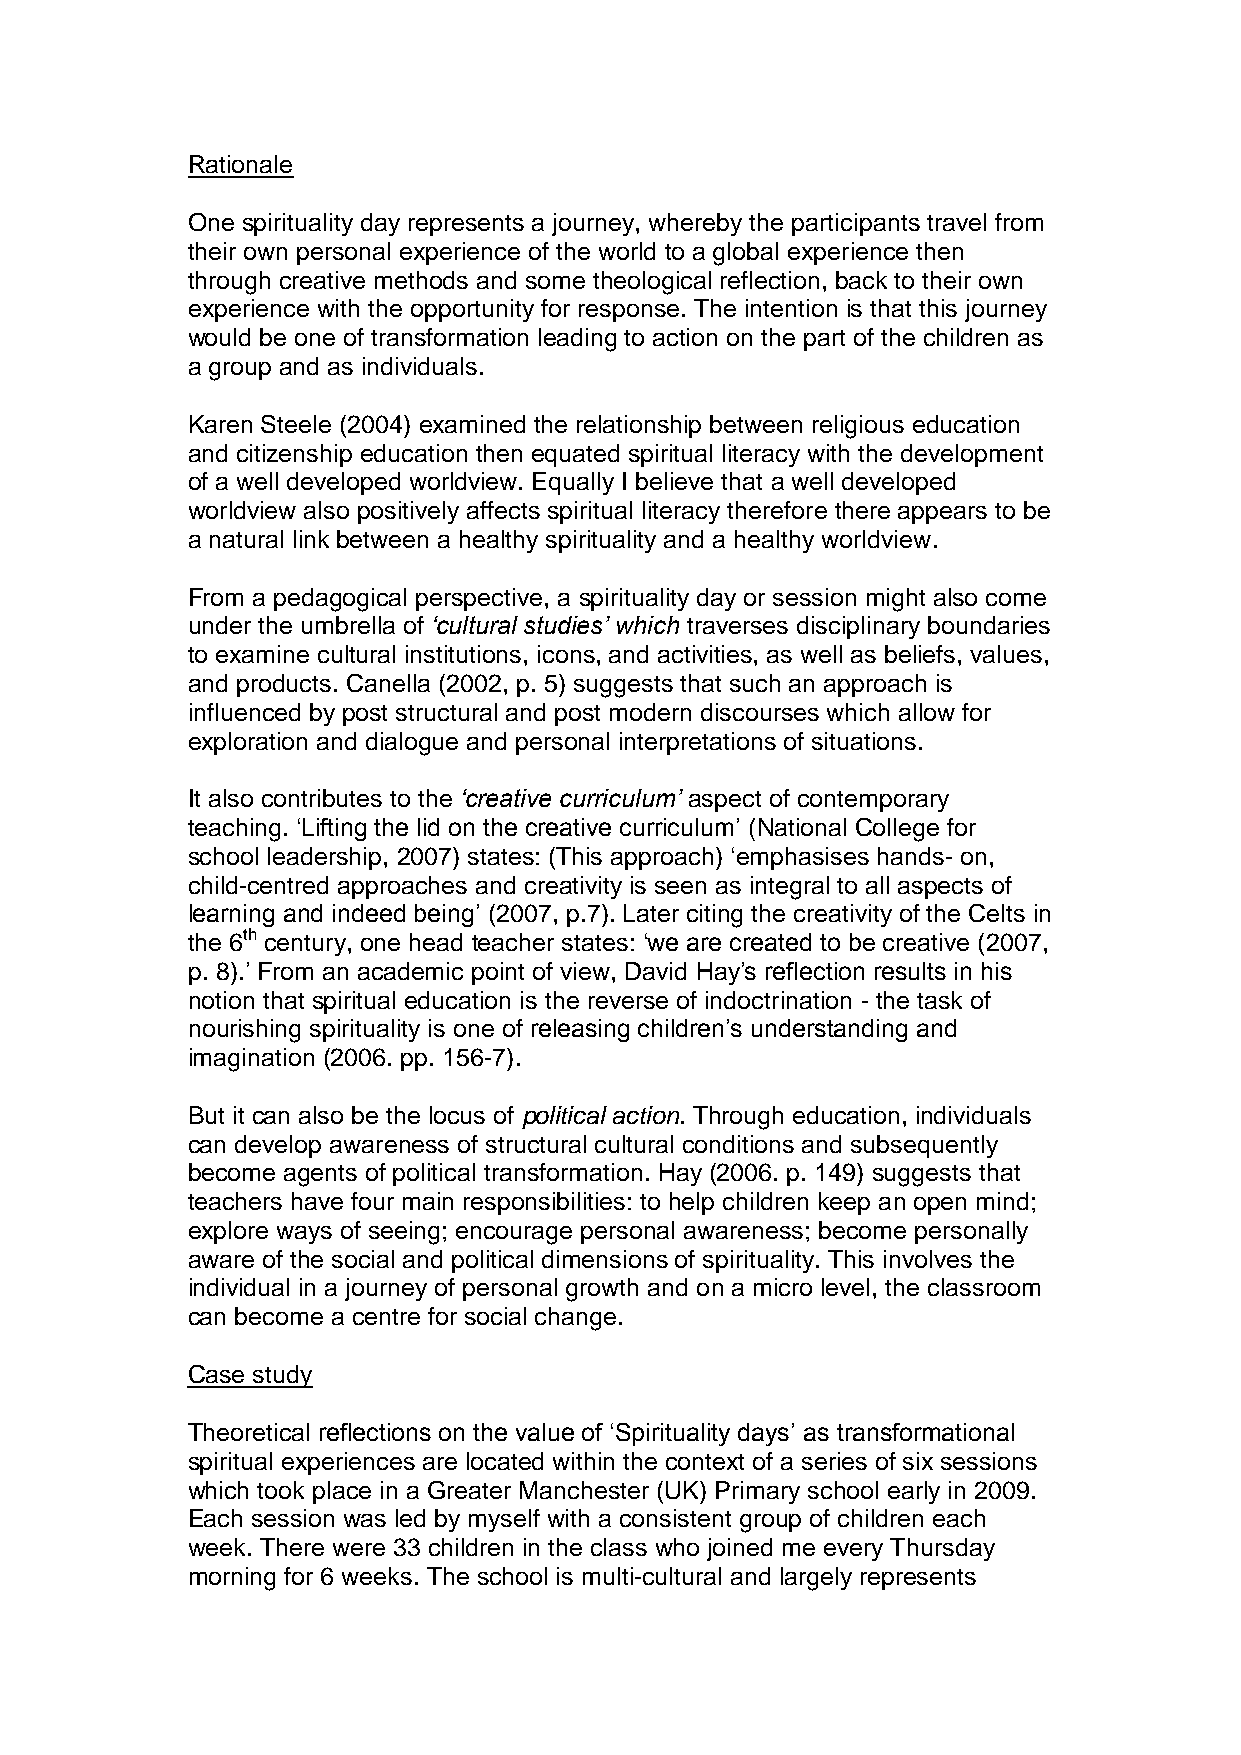
Rationale
 One spirituality day represents a journey, whereby the participants travel from
 their own personal experience of the world to a global experience then
 through creative methods and some theological reflection, back to their own
 experience with the opportunity for response. The intention is that this journey
 would be one of transformation leading to action on the part of the children as
 a group and as individuals.
 Karen Steele (2004) examined the relationship between religious education
 and citizenship education then equated spiritual literacy with the development
 of a well developed worldview. Equally I believe that a well developed
 worldview also positively affects spiritual literacy therefore there appears to be
 a natural link between a healthy spirituality and a healthy worldview.
 From a pedagogical perspective, a spirituality day or session might also come
 under the umbrella of ‘cultural studies’ which traverses disciplinary boundaries
 to examine cultural institutions, icons, and activities, as well as beliefs, values,
 and products. Canella (2002, p. 5) suggests that such an approach is
 influenced by post structural and post modern discourses which allow for
 exploration and dialogue and personal interpretations of situations.
 It also contributes to the ‘creative curriculum’ aspect of contemporary
 teaching. ‘Lifting the lid on the creative curriculum’ (National College for
 school leadership, 2007) states: (This approach) ‘emphasises hands- on,
 child-centred approaches and creativity is seen as integral to all aspects of
 learning and indeed being’ (2007, p.7). Later citing the creativity of the Celts in
 the 6th century, one head teacher states: ‘we are created to be creative (2007,
 p. 8).’ From an academic point of view, David Hay’s reflection results in his
 notion that spiritual education is the reverse of indoctrination - the task of
 nourishing spirituality is one of releasing children’s understanding and
 imagination (2006. pp. 156-7).
 But it can also be the locus of political action. Through education, individuals
 can develop awareness of structural cultural conditions and subsequently
 become agents of political transformation. Hay (2006. p. 149) suggests that
 teachers have four main responsibilities: to help children keep an open mind;
 explore ways of seeing; encourage personal awareness; become personally
 aware of the social and political dimensions of spirituality. This involves the
 individual in a journey of personal growth and on a micro level, the classroom
 can become a centre for social change.
 Case study
 Theoretical reflections on the value of ‘Spirituality days’ as transformational
 spiritual experiences are located within the context of a series of six sessions
 which took place in a Greater Manchester (UK) Primary school early in 2009.
 Each session was led by myself with a consistent group of children each
 week. There were 33 children in the class who joined me every Thursday
 morning for 6 weeks. The school is multi-cultural and largely represents